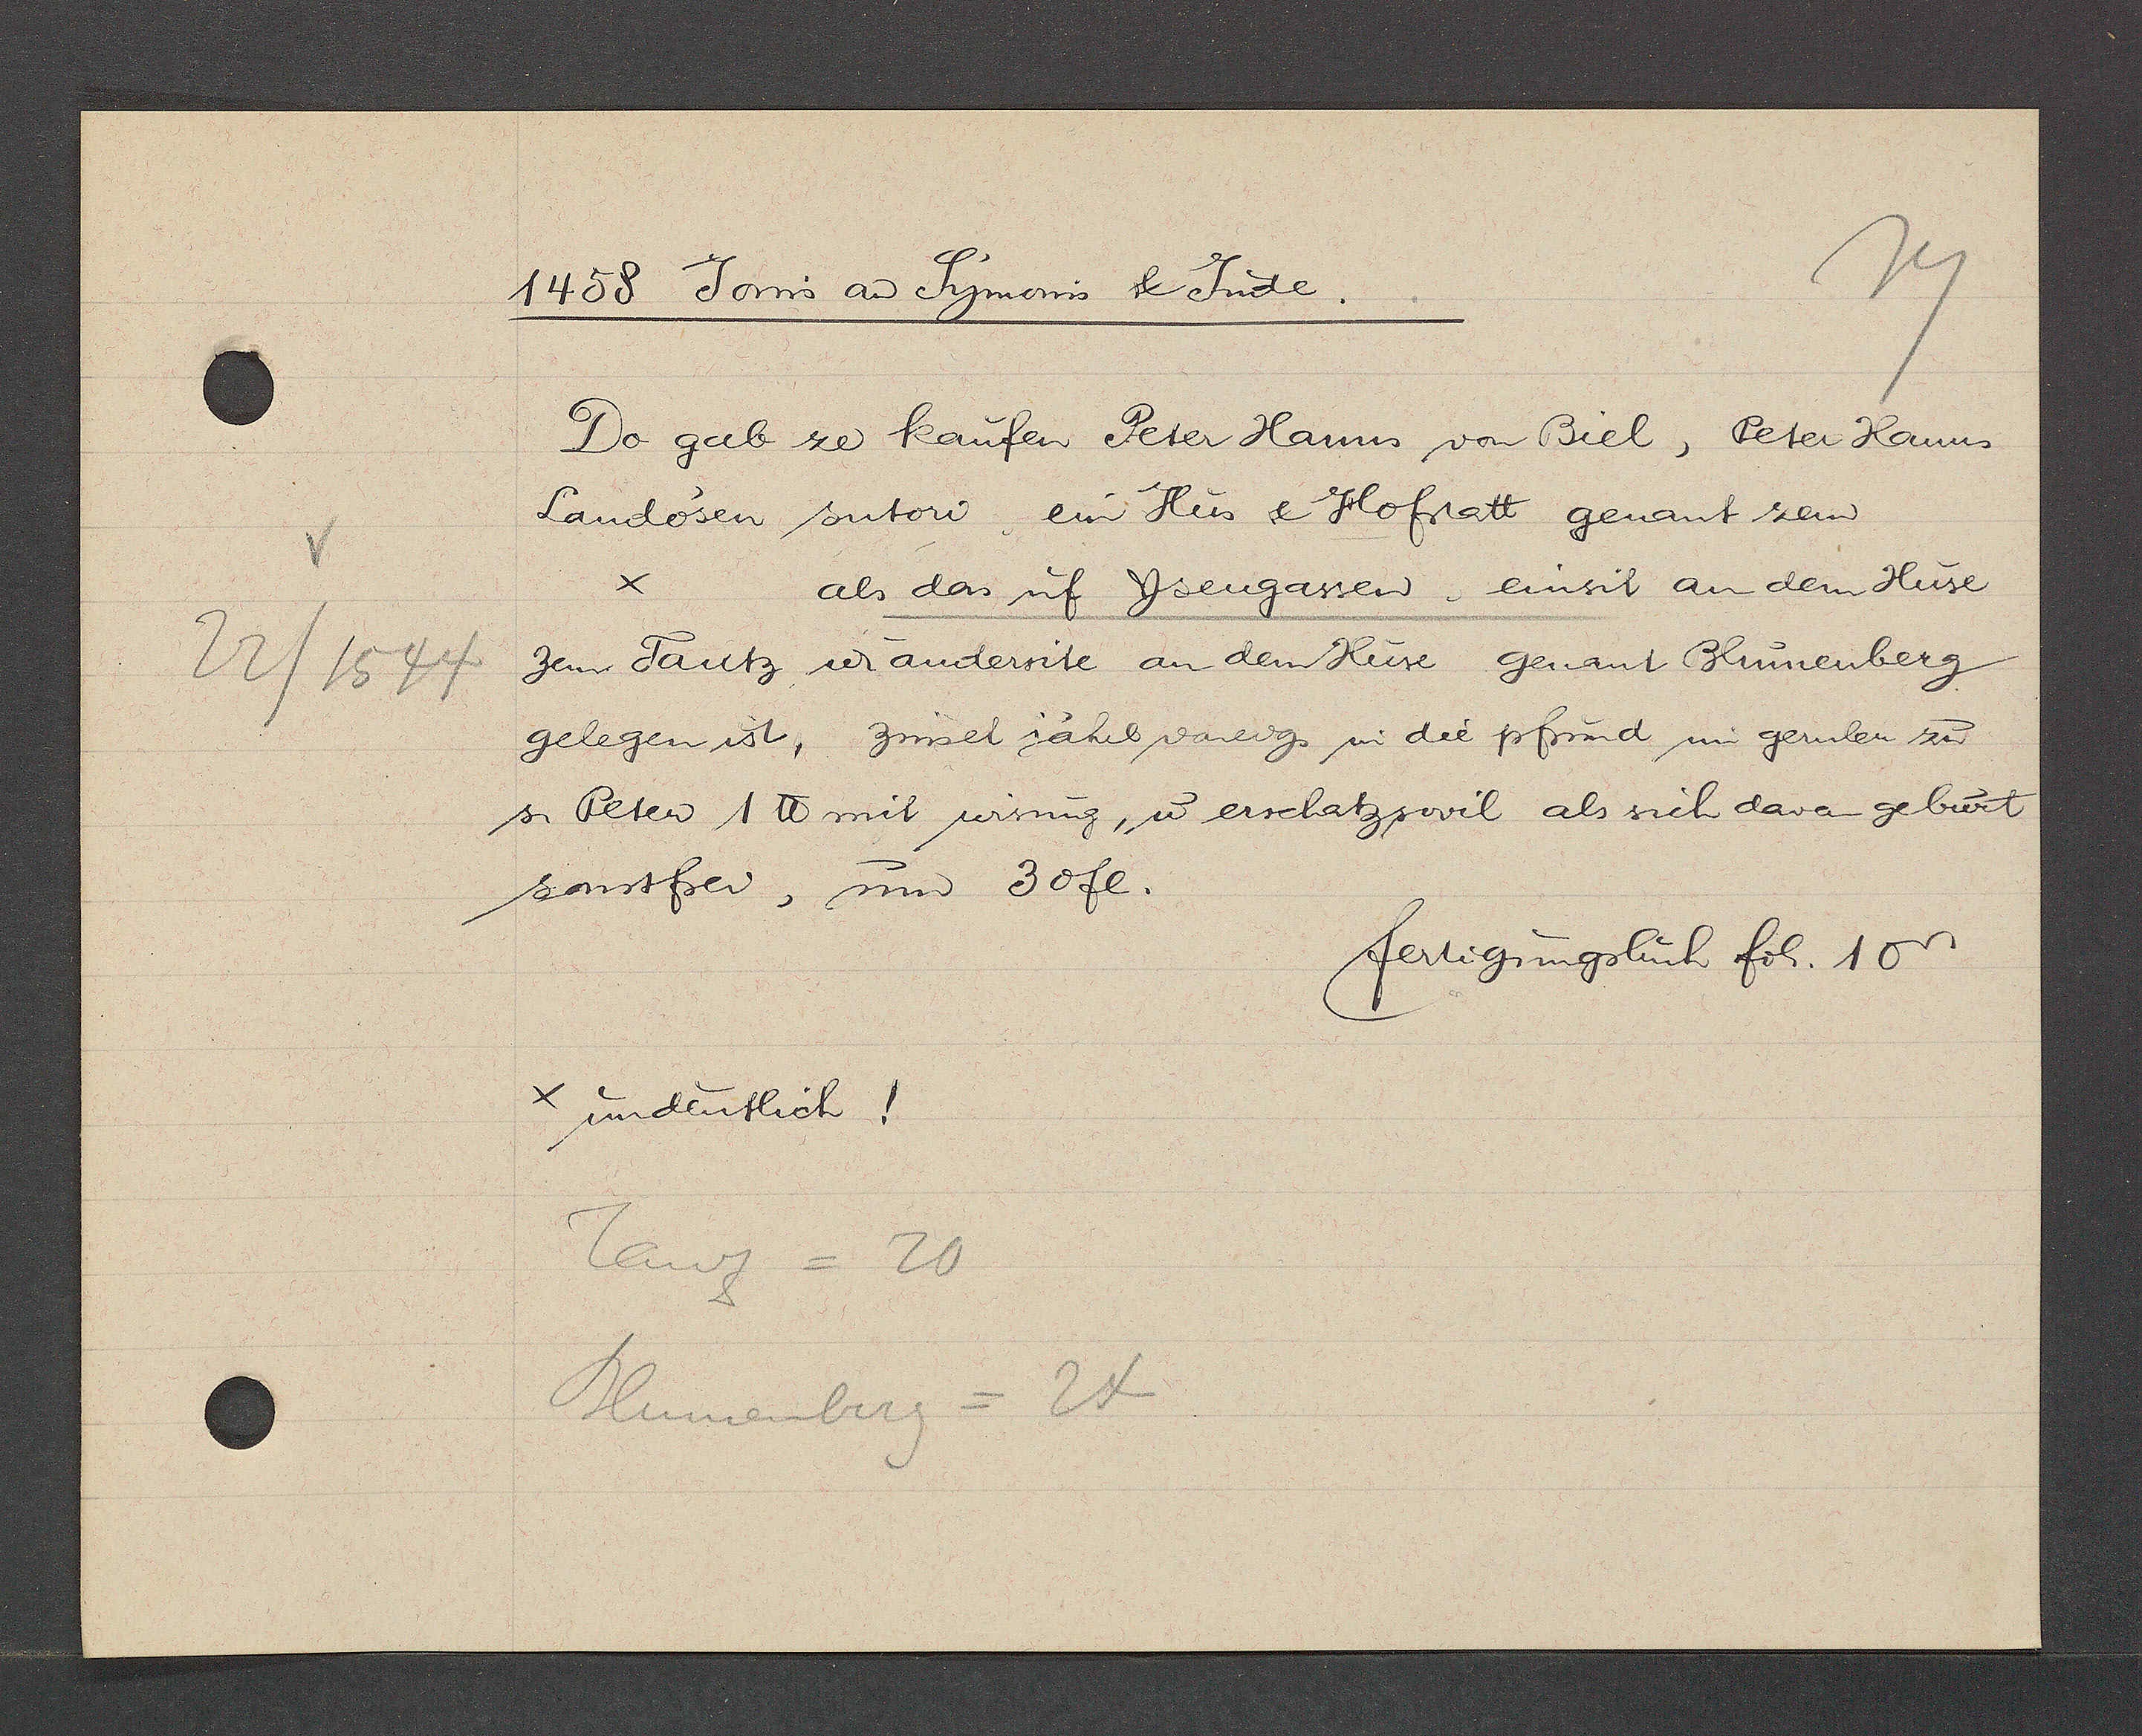
Transcript:
22/1544

1458 Jovis aȵ Symonis & Jude.
Do gab ze kaufen Peter Hanns von Biel, Peter Hanns
Landosen sutori, ein Hus & Hofstatt genant zem
x als das uf Ysengassen. einsit an dem Huse
Zem Tantz ư andersite an dem Huse genant Blumenberg
gelegen ist, zinset jährl voneig. in die pfrund im gernlen zu
s. Peten ℔ mit wisung, ư erschatz,sovil als sich daran geburt
sonstfei, um 30fl.
fertigungsbuch fol. 10v.
x undeutlich!
Tanz = 20
Blumenberg = 24